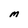
Character: M